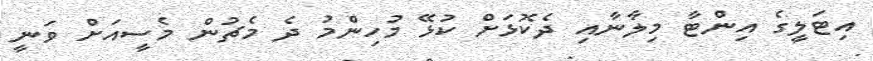
އިޓަލީގެ އިންޓާ މިލާނާއި ދެކޮޅަށް ކުޅޭ މުހިންމު ދެ މެޗުން މެސީއަށް ވަނީ